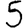
Digit: 5